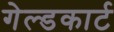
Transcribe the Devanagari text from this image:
गेल्डकार्ट